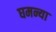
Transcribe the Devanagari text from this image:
घमन्या